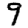
Digit: 9